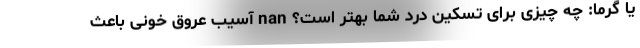
یا گرما: چه چیزی برای تسکین درد شما بهتر است؟ nan آسیب عروق خونی باعث